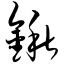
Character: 锹